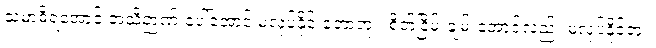
သမာဓိရအောင် အသိဉာဏ် ပေါ်အောင် မလုပ်နိုင် တော့ဘူး၊ စိတ်ငြိမ်းချမ်းအောင်လည်း မလုပ်နိုင်ဘူး၊